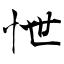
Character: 怈